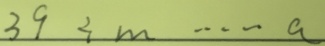
3 9 \div m \cdots a